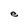
Character: e